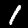
Digit: 1